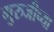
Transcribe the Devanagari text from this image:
गुरुजीच्या